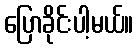
ပြောခိုင်းပါ့မယ်။